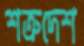
শত্রুদেশ